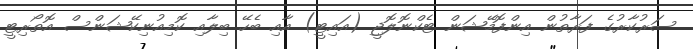
ސަރުކާރުގެ ފަރާތުން އިންފޮމޭޝަން ޓެކްނޮލޮޖީ (އައިޓީ) އާއި ބެހޭ ބިލާއި ކޮމިއުނިކޭޝަންސް އޮތޯރިޓީ